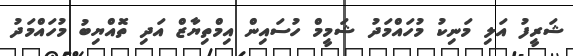
ޝަރީފު އަލި މަނިކު މުހައްމަދު ޝަމީމް ހުސައިން އިމްތިޔާޒް އަދި ތޮއްޔިބު މުހައްމަދު